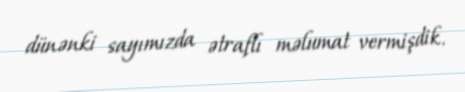
dünənki sayımızda ətraflı məlumat vermişdik.